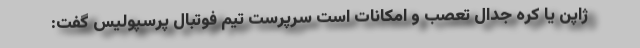
ژاپن یا کره جدال تعصب و امکانات است سرپرست تیم فوتبال پرسپولیس گفت: